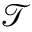
\mathcal { T }